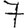
Digit: 7